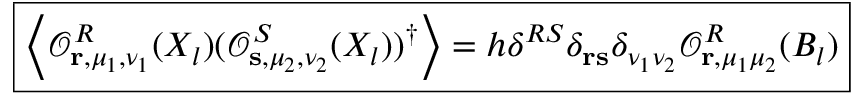
\boxed { \left\langle \mathcal { O } _ { \mathbf { r } , \mu _ { 1 } , \nu _ { 1 } } ^ { R } ( X _ { l } ) ( \mathcal { O } _ { \mathbf { s } , \mu _ { 2 } , \nu _ { 2 } } ^ { S } ( X _ { l } ) ) ^ { \dagger } \right\rangle = h \delta ^ { R S } \delta _ { \mathbf { r } \mathbf { s } } \delta _ { \nu _ { 1 } \nu _ { 2 } } \mathcal { O } _ { \mathbf { r } , \mu _ { 1 } \mu _ { 2 } } ^ { R } ( B _ { l } ) }